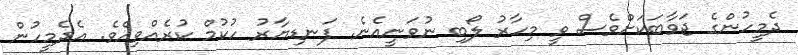
ދެމީހުންގެ ޖަވާބަކަށްވެސް ވީ މިހާރު ލޯބި ނުވަނީއެނެ. ފަނޑިޔާރު ހުކުމް ކުރެއްވިއެވެ. އެދެމީހުން